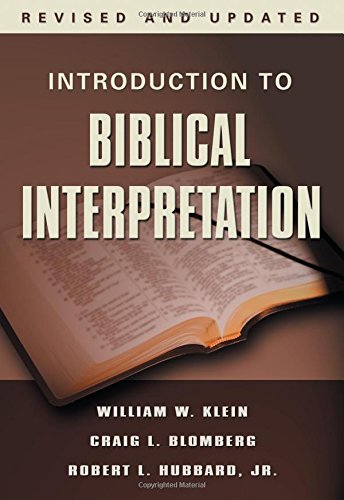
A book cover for Introduction to Biblical Interpretation, Revised Edition; William W. Klein; Christian Books & Bibles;